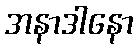
အနာဒါနော